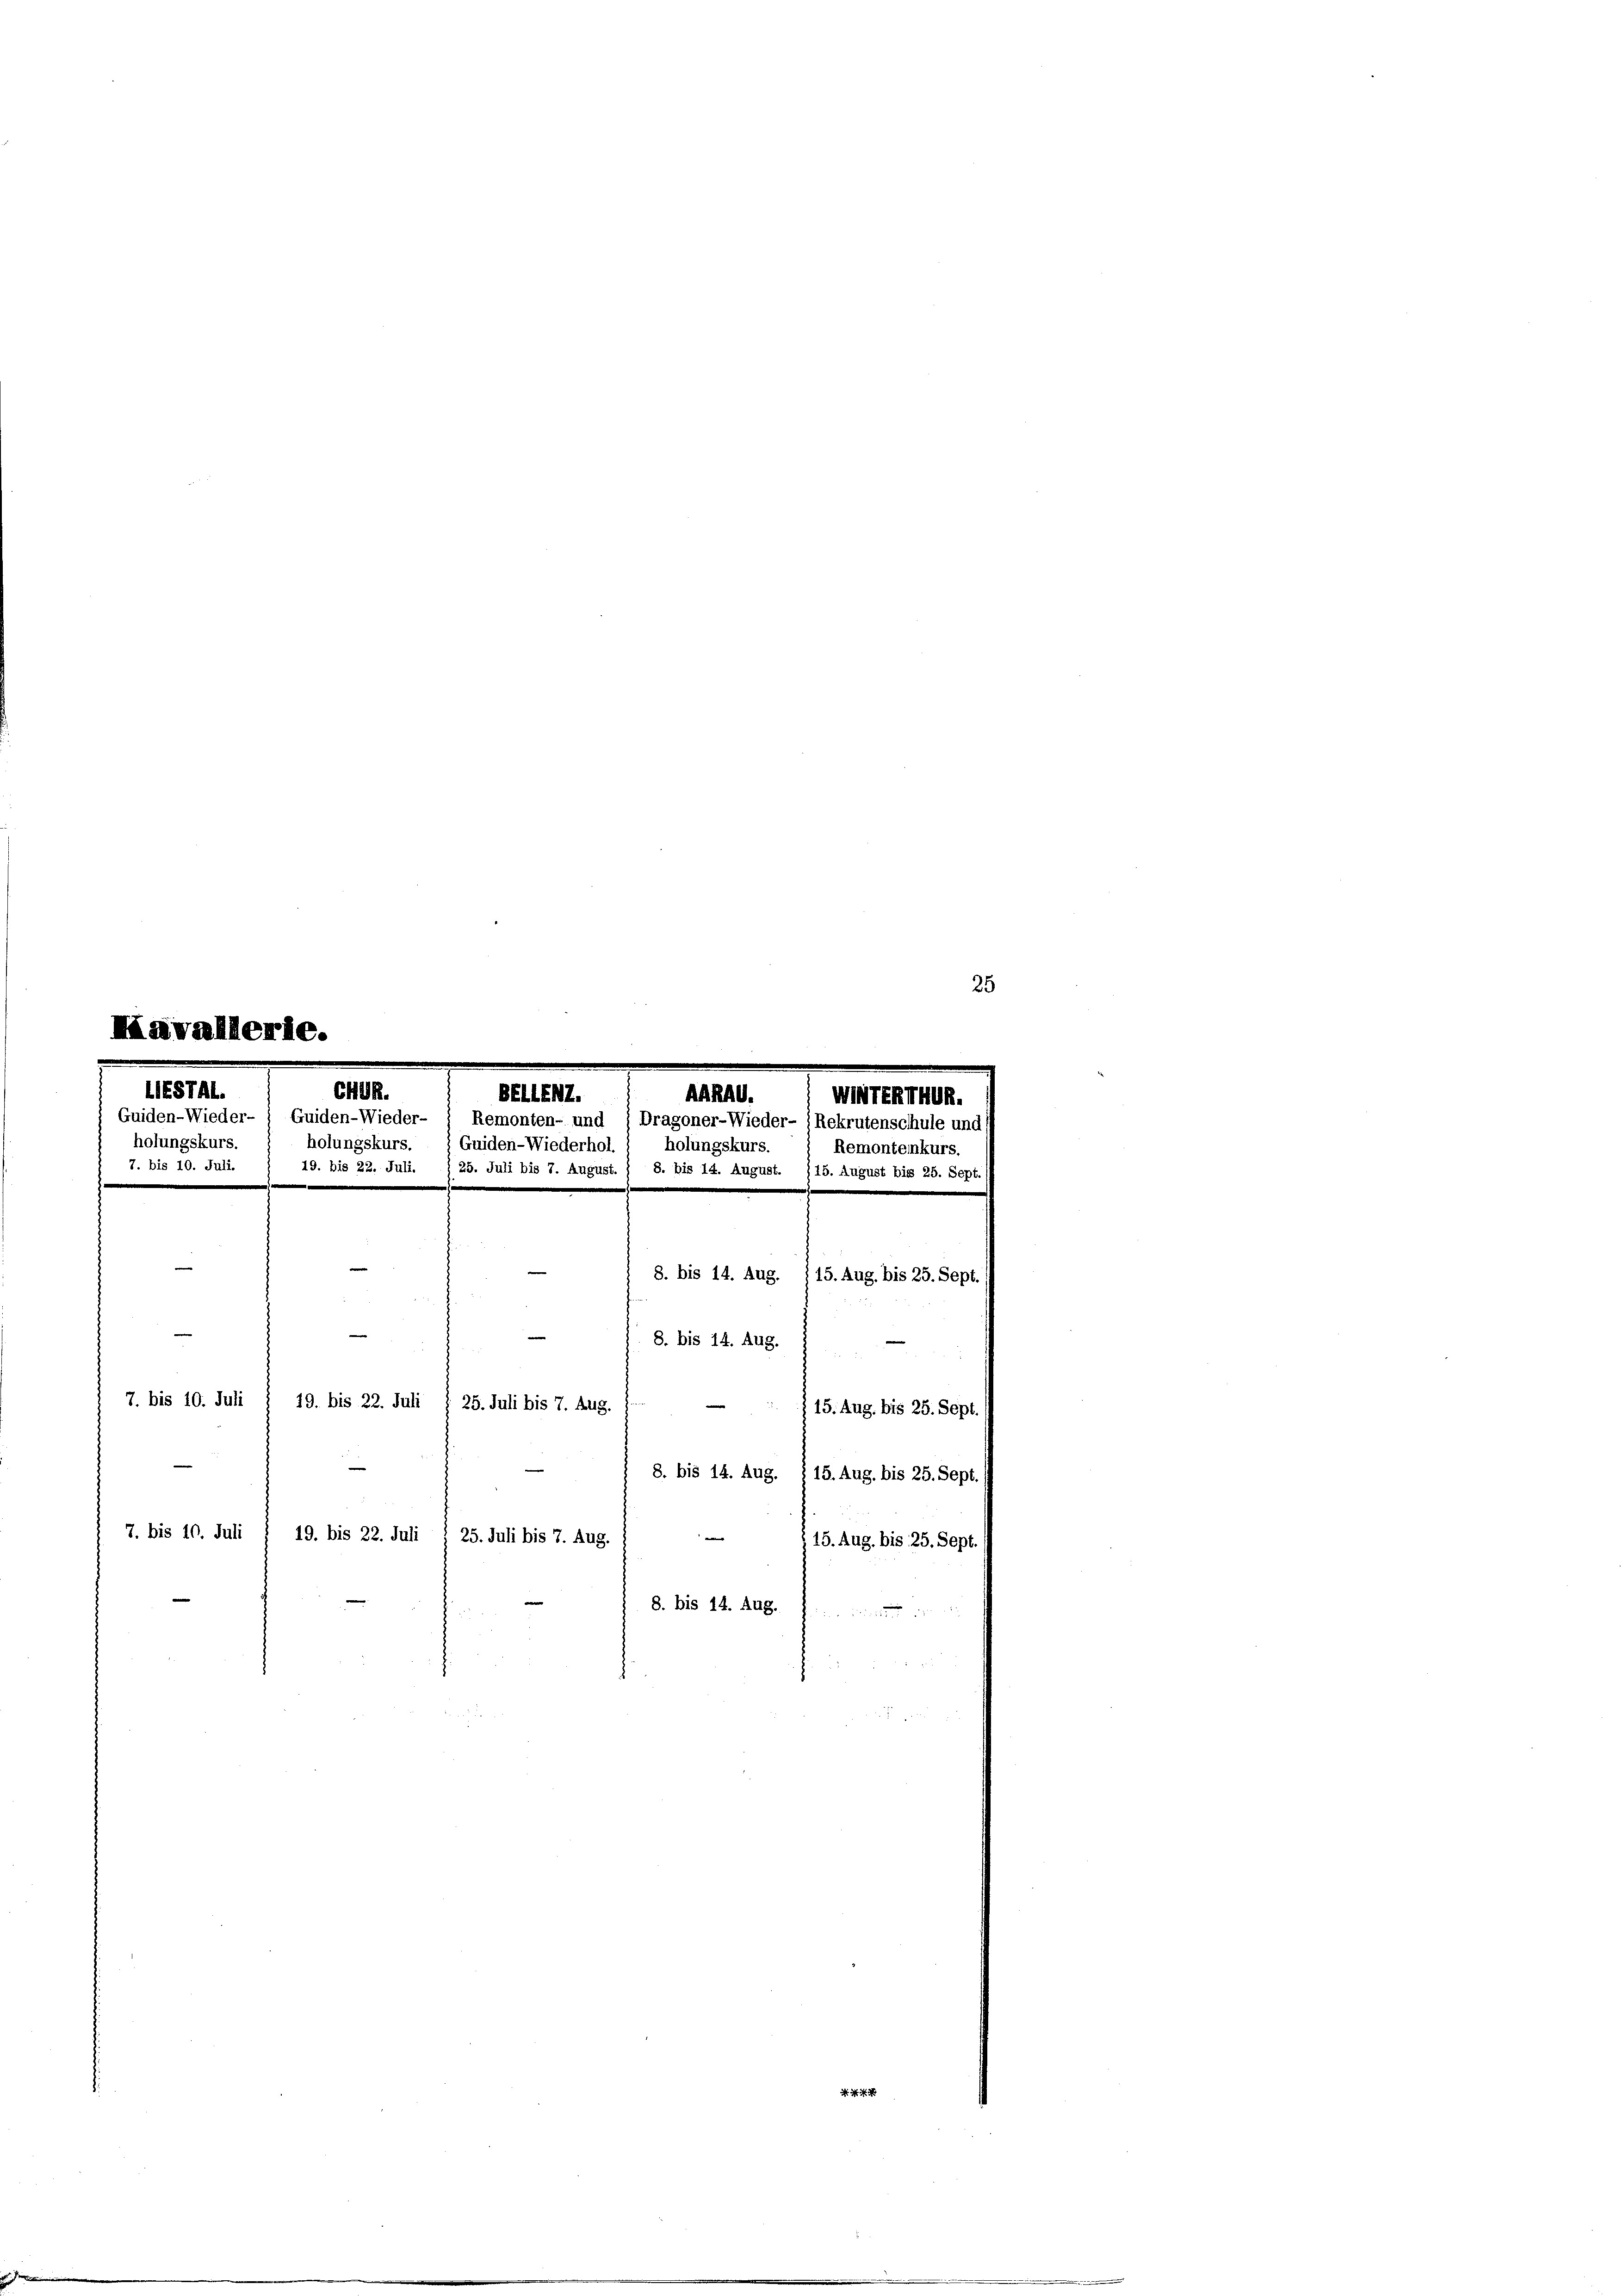
25
e

LIESTAl.
holungskurs.
7. bis 10. Juli.
|

CHuk.
rull. I S.
WTENTWUR.
Guiden-Wieder- ) Guiden-Wieder- " Remonten- und / Dragoner-Wieder- (Rekrutenschule und
holungskurs.
Remonteinkurs.
.
e
|
8. bis 14. Aug. 115. Aug. bis 25. Sept.
8. bis 14. Aug.

7. bis 10. Juli
19. bis 22. Juli § 25. Juli bis 7. Aug.
 15. Aug. bis 25. Sept.
8. bis 14. Aug. 115. Aug. bis 25. Sept./

Guiden-Wiederhol. 1 holungskurs.
19. bis 22. Juli. / 25. Juli bis 7. August. ( 8. bis 14. August. (15. August bis 25. Sept.

7. bis 10. Juli
—
19. bis 22. Juli § 25. Juli bis 7. Aug.
115. Aug. bis 25. Sept.
8. bis 14. Aug.